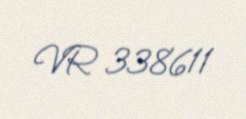
VR 338611